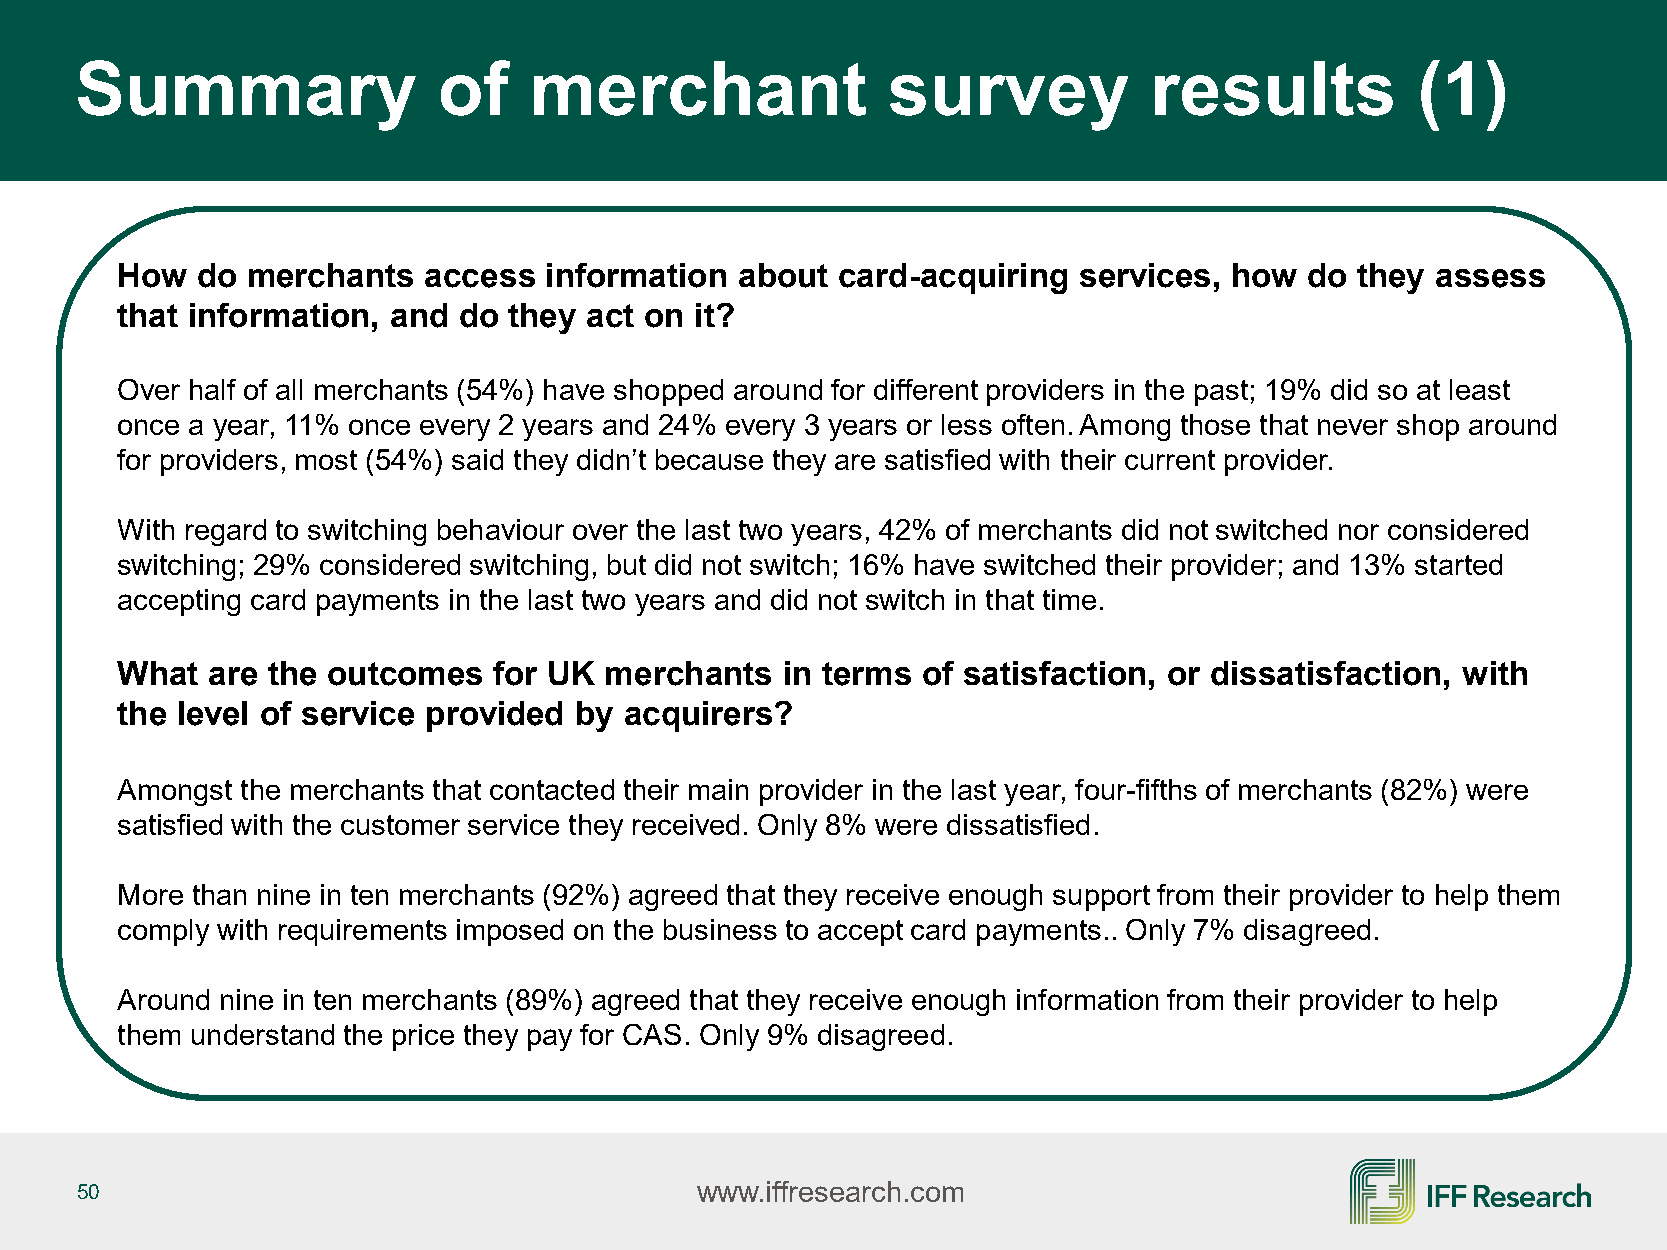
Summary                 of    merchant                survey           results           (1)
 How  do merchants   access  information  about card-acquiring  services,  how  do they assess
 that information, and do  they act on it?
 Over half of all merchants (54%) have shopped around for different providers in the past; 19% did so at least
 once a year, 11% once every 2 years and 24% every 3 years or less often. Among those that never shop around
 for providers, most (54%) said they didn’t because they are satisfied with their current provider.
 With regard to switching behaviour over the last two years, 42% of merchants did not switched nor considered
 switching; 29% considered switching, but did not switch; 16% have switched their provider; and 13% started
 accepting card payments in the last two years and did not switch in that time.
 What  are the outcomes   for UK merchants   in terms of satisfaction, or dissatisfaction, with
 the level of service provided by acquirers?
 Amongst the merchants that contacted their main provider in the last year, four-fifths of merchants (82%) were
 satisfied with the customer service they received. Only 8% were dissatisfied.
 More than nine in ten merchants (92%) agreed that they receive enough support from their provider to help them
 comply with requirements imposed on the business to accept card payments.. Only 7% disagreed.
 Around nine in ten merchants (89%) agreed that they receive enough information from their provider to help
 them understand the price they pay for CAS. Only 9% disagreed.
 50                                       www.iffresearch.com